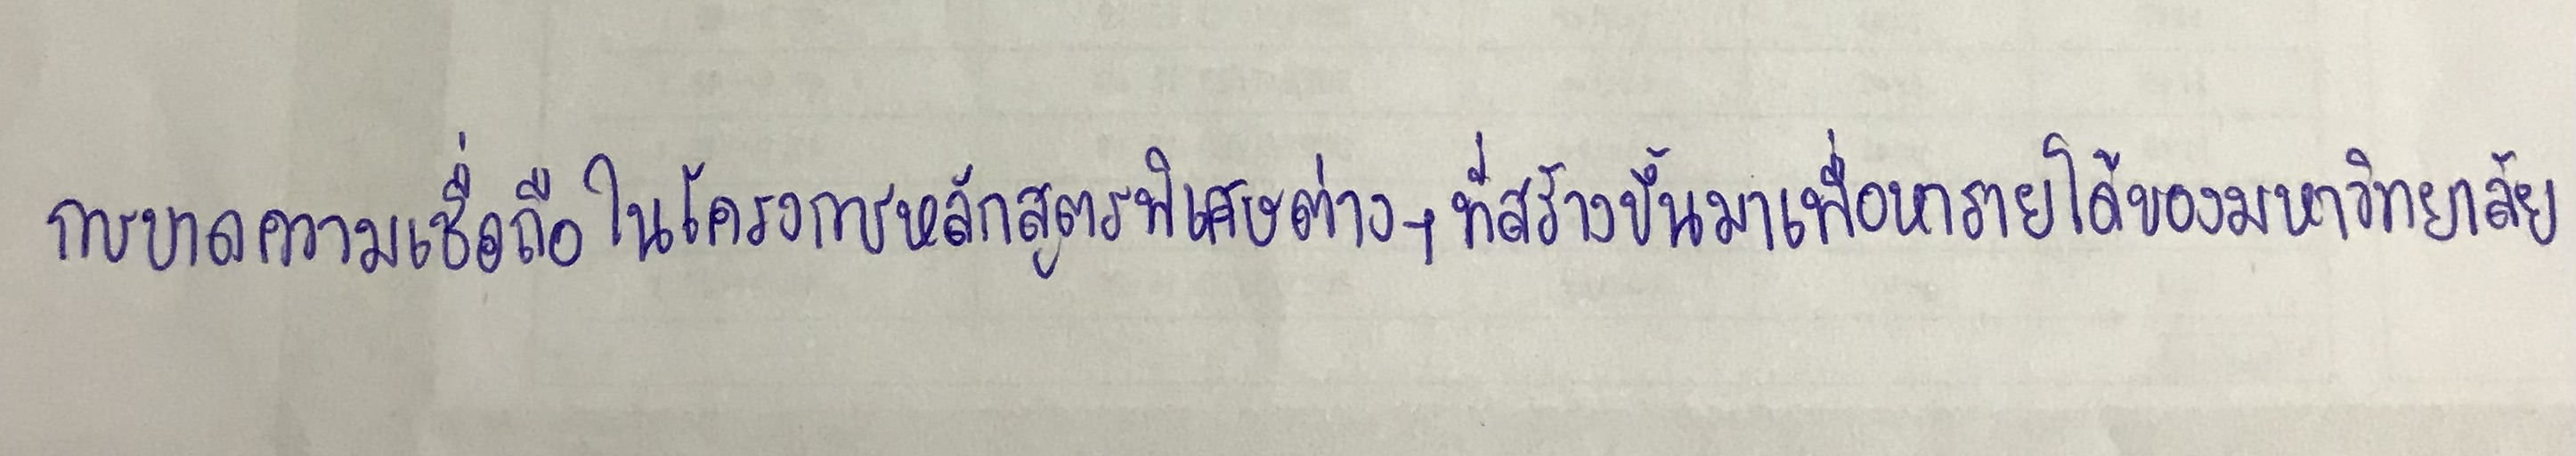
การขาดความเชื่อถือในโครงการหลักสูตรพิเศษต่างๆที่สร้างขึ้นมาเพื่อหารายได้ของมหาวิทยาลัย